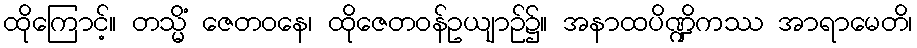
ထိုကြောင့်။ တသ္မိံ ဇေတဝနေ၊ ထိုဇေတဝန်ဥယျာဉ်၌။ အနာထပိဏ္ဍိကဿ အာရာမေတိ၊